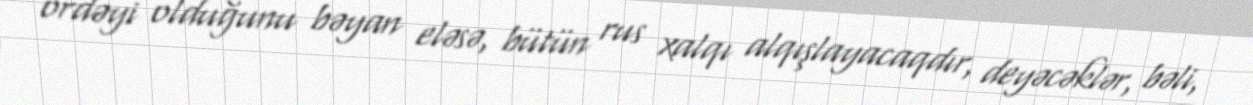
ördəyi olduğunu bəyan eləsə, bütün rus xalqı alqışlayacaqdır, deyəcəklər, bəli,